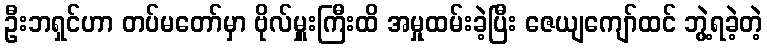
ဦးဘရှင်ဟာ တပ်မတော်မှာ ဗိုလ်မှူးကြီးထိ အမှုထမ်းခဲ့ပြီး ဇေယျကျော်ထင် ဘွဲ့ရခဲ့တဲ့